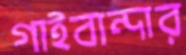
গাইবান্দার